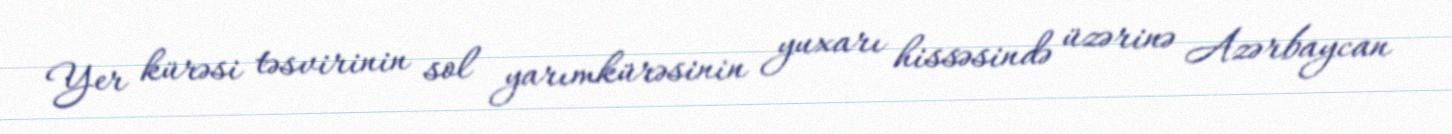
Yer kürəsi təsvirinin sol yarımkürəsinin yuxarı hissəsində üzərinə Azərbaycan